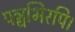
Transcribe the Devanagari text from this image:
पञ्चभिरपि।